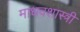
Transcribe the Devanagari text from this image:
माधवशास्त्री